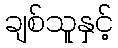
ချစ်သူနှင့်